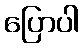
ပြောပါ